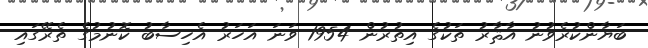
ބަޔާންކުރެވުނު އާޘާރު ތަކުގެ އިތުރުން 1954 ވަނަ އަހަރު އެހިސާބު ކޮނުމުގެ ތެރޭގައި